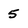
Character: 5